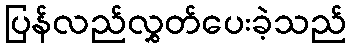
ပြန်လည်လွှတ်ပေးခဲ့သည်